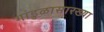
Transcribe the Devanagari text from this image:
गांडुळासारख्या